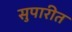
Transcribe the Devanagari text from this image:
सुपारीत